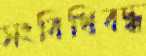
সংবিধিবদ্ধ